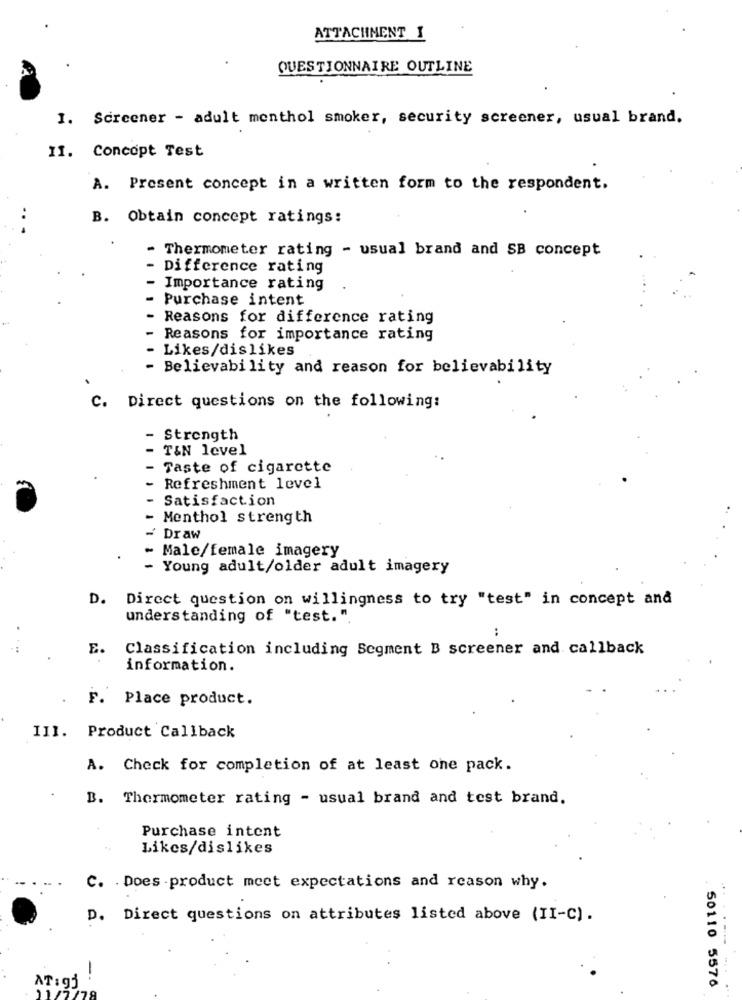
ATTACHMENT I
QUESTIONNAIRE OUTLINE
I. Screener - adult menthol smoker, security screener, usual brand.
II. Concopt Test
A. Present concept in a written form to the respondent.
B. Obtain concept ratings:
- Thermometer rating - usual brand and SB concept
Difference rating
Importance rating
Purchase intent
Reasons for difference rating
Reasons for importance rating
Likes/dislikes
Believability and reason for believability
.Direct questions on the following:
1
Strength
- T&N level
- Taste of cigarette
Refreshment level
Satisfaction
Menthol strength
~ Draw
- Male/female imagery
- Young adult/older adult imagery
D. Direct question on willingness to try "test" in concept and
understanding of "test."
:
E.
Classification including Segment B screener and callback
information.
F. Place product.
III. Product Callback
A. Check for completion of at least one pack.
B. Thermometer rating - usual brand and test brand.
Purchase intent
Likes/dislikes
C. . Does -product meet expectations and reason why.
D. Direct questions on attributes listed above (II-C).
AT:gj
50110 5576